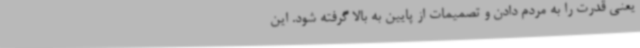
یعنی قدرت را به مردم دادن و تصمیمات از پایین به بالا گرفته شود. این